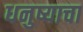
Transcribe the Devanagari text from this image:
धनुष्याचा